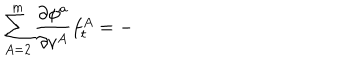
\sum _ { A = 2 } ^ { m } \frac { \partial \phi ^ { a } } { \partial v ^ { A } } f _ { t } ^ { A } = -